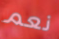
نعم